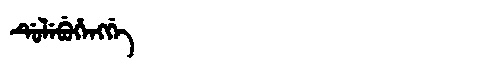
Manchu: ᡩᡠᠯᡝᠪᡠᡥᡝᠩᡤᡝ
Romanization: DULEBUHENGGE